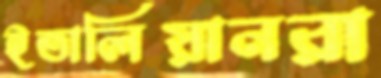
ইতালিয়ানরা